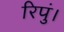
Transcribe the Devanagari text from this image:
रिपुं।